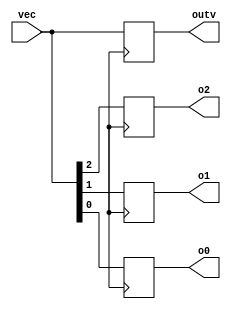
module top_module ( 
    input wire [2:0] vec,
    output wire [2:0] outv,
    output wire o2,
    output wire o1,
    output wire o0  ); // Module body starts after module declaration

// Insert your code here

    always @(posedge clk) begin
        outv <= vec;
        o2 <= vec[2];
        o1 <= vec[1];
        o0 <= vec[0];
    end

endmodule